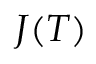
{ \cal J } ( T )